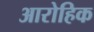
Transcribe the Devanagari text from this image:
आरोहिक